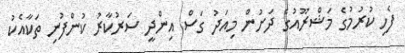
ފެހި ކުރުމުގެ މަޝްރޫއުގެ ދަށުން މިއަދު ގަސް އިންދީ ސަރުކާރު ކުންފުނި ތަކާއެކު